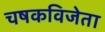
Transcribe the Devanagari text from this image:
चषकविजेता